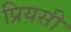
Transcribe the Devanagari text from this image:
प्रियसी